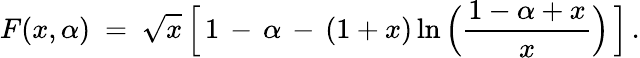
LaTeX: F(x,\alpha)\ =\ \sqrt{x}\, \Big[\, 1\, -\, \alpha\, -\, (1+x)\ln\Big(\frac{1-\alpha+x}{x}\Big)\, \Big]\, .